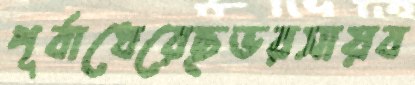
পূর্বাধেরেছভরসায়ব